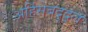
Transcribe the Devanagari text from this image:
अहिंसेबद्द्ल